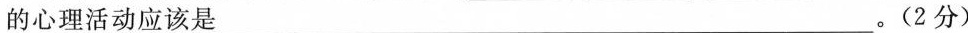
的心理活动应该是 ___。(2分)